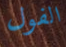
الفول